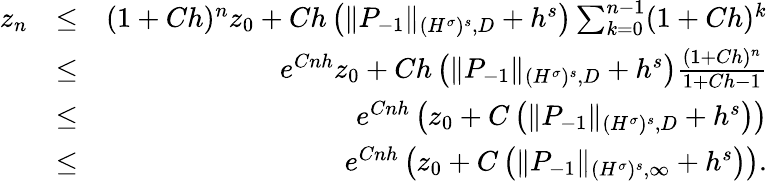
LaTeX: \begin{array}{rlr}{z_{n}}&{\leq}&{(1+Ch)^{n}z_{0}+Ch\left(\| P_{-1}\| _{{(H^{\sigma})^{s}},D}+h^{s}\right)\sum_{k=0}^{n-1}(1+Ch)^{k}}\\ &{\leq}&{e^{Cnh}z_{0}+Ch\left(\| P_{-1}\| _{{(H^{\sigma})^{s}},D}+h^{s}\right)\frac{(1+Ch)^{n}}{1+Ch-1}}\\ &{\leq}&{e^{Cnh}\left(z_{0}+C\left(\| P_{-1}\| _{{(H^{\sigma})^{s}},D}+h^{s}\right)\right)}\\ &{\leq}&{e^{Cnh}\left(z_{0}+C\left(\| P_{-1}\| _{{(H^{\sigma})^{s}},\infty}+h^{s}\right)\right).}\end{array}